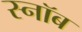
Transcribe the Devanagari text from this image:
स्नॉब